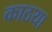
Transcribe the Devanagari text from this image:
काठया